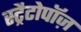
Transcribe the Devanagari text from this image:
स्ट्रैटोपॉज़